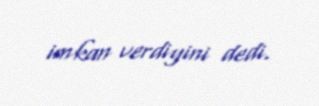
imkan verdiyini dedi.